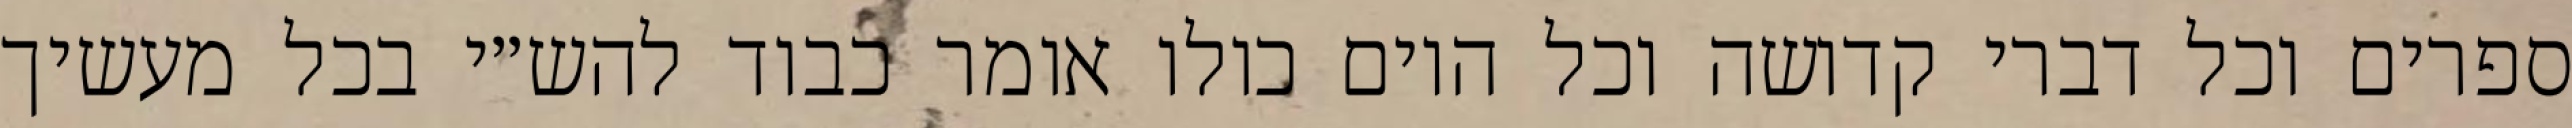
ספרים וכל דברי קדושה וכל היום כולו אומר כבוד להש״י בכל מעשיך